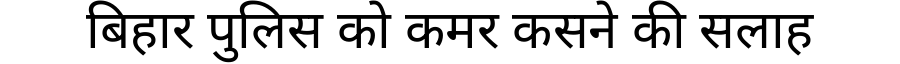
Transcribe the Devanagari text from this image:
बिहार पुलिस को कमर कसने की सलाह